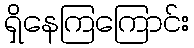
ရှိနေကြကြောင်း